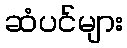
ဆံပင်များ